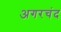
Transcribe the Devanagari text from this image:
अगरचंद